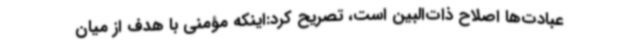
عبادت‌ها اصلاح ذات‌البین است، تصریح کرد:اینکه مؤمنی با هدف از میان